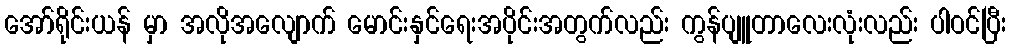
အော်ရိုင်းယန် မှာ အလိုအလျောက် မောင်းနှင်ရေးအပိုင်းအတွက်လည်း ကွန်ပျူတာလေးလုံးလည်း ပါဝင်ပြီး